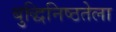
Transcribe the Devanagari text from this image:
बुद्धिनिष्ठतेला